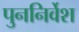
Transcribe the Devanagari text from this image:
पुननिर्वेश